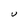
Character: U